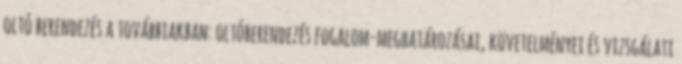
oltó berendezés a továbbiakban: oltóberendezés fogalom-meghatározásai, követelményei és vizsgálati